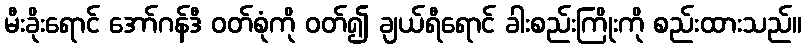
မီးခိုးရောင် အော်ဂန်ဒီ ဝတ်စုံကို ဝတ်၍ ချယ်ရီရောင် ခါးစည်းကြိုးကို စည်းထားသည်။